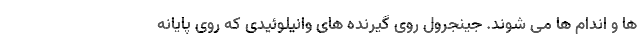
ها و اندام ها می شوند. جینجرول روی گیرنده های وانیلوئیدی که روی پایانه